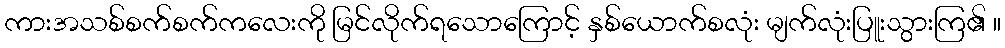
ကားအသစ်စက်စက်ကလေးကို မြင်လိုက်ရသောကြောင့် နှစ်ယောက်စလုံး မျက်လုံးပြူးသွားကြ၏ ။